Lunatic asylums Bombay report 1891-1903 - 1891-1903
Year: 1891
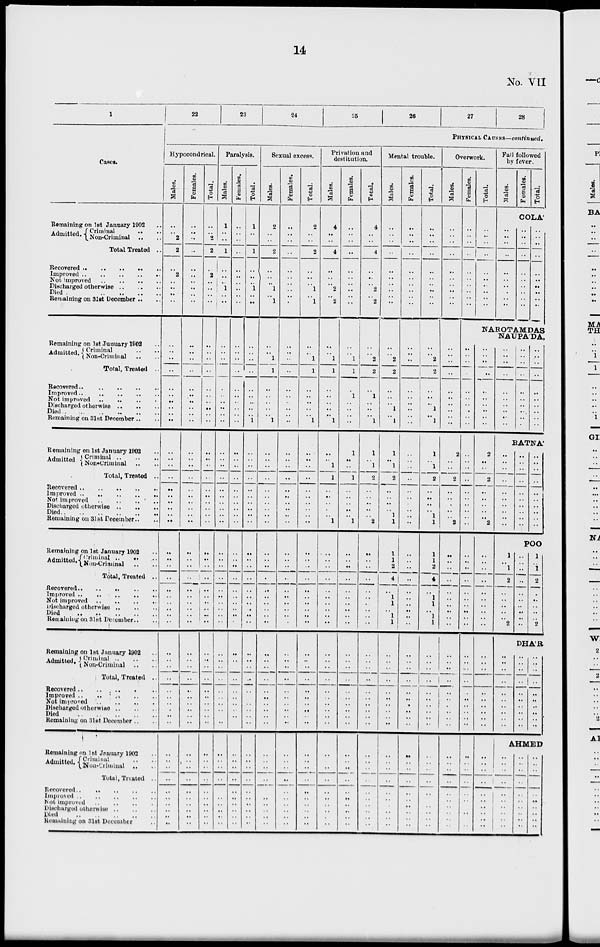
14
No. VII
1
Cases.
Remaining on 1st January 1902 ..
Admitted. Criminal
..
..
Non-Criminal .. ..
Total Treated ..
Recovered .. .. .. .. ..
Improved .. .. .. .. ..
Discharged otherwise
..
..
..
Died
..
..
..
..
Remaining on 31st December .. ..
Remaining on 1st .January 1902 ..
Admitted. Criminal .. ..
Non-Criminal .. ..
Total, Treated ..
Recovered .. .. .. .. ..
Improved
..
..
..
..
Not improved .. .. .. ..
Discharged otherwise
..
..
..
Died
..
..
..
..
..
Remaining on 31st December .. ..
Remaining on 1st January 1902
Admitted
Criminal
..
..
..
Non-Criminal .. ..
Total, Treated ..
Recovered .. .. .. .. ..
Improved
..
..
..
..
Not improved
..
..
..
..
Discharged otherwise
..
..
..
Died .. .. .. .. ..
Remaining on 31st December .. ..
Remaining on 1st January 1902 ..
Admitted. Criminal
..
..
..
Non-Criminal .. ..
Total, Treated ..
Recovered
..
..
..
..
..
Improved .. .. .. ..
Not improved .. .. .. ..
Discharged otherwise
..
..
..
Died
..
..
..
..
..
Remaining on 31st December ..
Remaining on 1st January 1902 ..
Admitted. Criminal
..
..
..
Non-Criminal .. ..
Total, Treated ..
Recovered .. .. .. .. ..
Improved .. .. .. .. ..
Not improved
..
..
..
..
Discharged otherwise
..
..
..
Died
..
..
..
..
..
Remaining on 31st December .. ..
Remaining on 1st January 1902 ..
Admitted. Criminal .. ..
Non-Criminal
..
Total, Treated ..
Recovered
..
..
..
..
..
Improved .. .. .. .. ..
Not improved .. .. .. ..
Discharged otherwise
..
..
..
Died
..
..
..
..
..
Remaining on 31st December ..
22
23
24
25
26
27
28
PHYSICAL CAUSES—continued.
Hypocondrical.
Males.
..
..
2
2
2
..
..
..
..
..
..
..
..
..
..
..
..
..
..
..
..
..
..
..
..
..
..
..
..
..
..
..
..
..
..
..
..
..
..
..
..
..
..
..
..
..
..
..
..
..
..
..
..
..
..
..
..
..
..
Females.
..
..
..
..
..
..
..
..
..
..
..
..
..
..
..
..
..
..
..
..
..
..
..
..
..
..
..
..
..
..
..
..
..
..
..
..
..
..
..
..
..
..
..
..
..
..
..
..
..
..
..
..
..
..
..
..
..
..
..
Total.
..
..
2
2
2
..
..
..
..
..
..
..
..
..
..
..
..
..
..
..
..
..
..
..
..
..
..
..
..
..
..
..
..
..
..
..
..
..
..
..
..
..
..
..
..
..
..
..
..
..
..
..
..
..
..
..
..
..
..
Paralysis.
Males.
1
..
..
1
..
..
1
..
..
..
..
..
..
..
..
..
..
..
..
..
..
..
..
..
..
..
..
..
..
..
..
..
..
..
..
..
..
..
..
..
..
..
..
..
..
..
..
..
..
..
..
..
..
..
..
..
..
..
..
Females.
..
..
..
..
..
..
..
..
..
..
..
..
..
..
..
..
..
..
..
..
..
..
..
..
..
..
..
..
..
..
..
..
..
..
..
..
..
..
..
..
..
..
..
..
..
..
..
..
..
..
..
..
..
..
..
..
..
..
..
Total.
1
..
..
1
..
..
1
..
..
..
..
..
..
..
..
..
..
..
1
..
..
..
..
..
..
..
..
..
..
..
..
..
..
..
..
..
..
..
..
..
..
..
..
..
..
..
..
..
..
..
..
..
..
..
..
..
..
..
..
Sexual excess.
Males.
2
..
..
2
..
..
1
..
1
..
..
1
1
..
..
..
..
..
1
..
..
..
..
..
..
..
..
..
..
..
..
..
..
..
..
..
..
..
..
..
..
..
..
..
..
..
..
..
..
..
..
..
..
..
..
..
..
..
..
Females.
..
..
..
..
..
..
..
..
..
..
..
..
..
..
..
..
..
..
..
..
..
..
..
..
..
..
..
..
..
..
..
..
..
..
..
..
..
..
..
..
..
..
..
..
..
..
..
..
..
..
..
..
..
..
..
..
..
..
..
Total.
2
..
..
2
..
..
1
..
1
..
..
1
1
..
..
..
..
..
1
..
..
..
..
..
..
..
..
..
..
..
..
..
..
..
..
..
..
..
..
..
..
..
..
..
..
..
..
..
..
..
..
..
..
..
..
..
..
..
..
Privation and
destitution.
Males.
4
..
..
4
..
..
2
..
2
..
..
1
1
..
..
..
..
..
1
.. ..
1
1
..
..
..
..
..
1
..
..
..
..
..
..
..
..
..
..
..
..
..
..
..
..
..
..
..
..
..
..
..
..
..
..
..
..
..
..
Females.
..
..
..
..
..
..
..
..
..
..
..
1
1
..
1
..
..
..
..
1
..
..
1
..
..
..
..
..
1
..
..
..
..
..
..
..
..
..
..
..
..
..
..
..
..
..
..
..
..
..
..
..
..
..
..
..
..
..
..
Total.
4
..
..
4
..
..
2
..
2
..
..
2
2
..
1
..
..
..
1
1
..
1
2
..
..
..
..
..
2
..
..
..
..
..
..
..
..
..
..
..
..
..
..
..
..
..
..
..
..
..
..
..
..
..
..
..
..
..
..
Mental trouble.
Males.
..
..
..
..
..
..
..
..
..
..
..
2
2
..
.. ..
1
..
1
1
..
1
2
..
..
..
..
1
1
1
1
2
4
..
1
1
..
1
1
..
..
..
..
..
..
..
..
..
..
..
..
..
..
..
..
..
..
..
..
Females.
..
..
..
..
..
..
..
..
..
..
..
..
..
..
.. ..
..
..
..
..
..
..
..
..
..
..
..
..
..
..
..
..
..
..
..
..
..
..
..
..
..
..
..
..
..
..
..
..
..
..
..
..
..
..
..
..
..
..
..
Total.
..
..
..
..
..
..
..
..
..
..
..
2
2
..
..
..
1
..
1
1
..
1
2
..
..
..
..
1
1
1
1
2
4
..
1
1
..
1
1
..
..
..
..
..
..
..
..
..
..
..
..
..
..
..
..
..
..
..
..
Overwork.
Males.
..
..
..
..
..
..
..
..
..
..
..
..
..
..
..
..
..
..
..
2
..
..
2
..
..
..
..
..
2
..
..
..
..
..
..
..
..
..
..
..
..
..
..
..
..
..
..
..
..
..
..
..
..
..
..
..
..
..
..
Females.
..
..
..
..
..
..
..
..
..
Total.
..
..
..
..
..
..
..
..
..
Fall followed
by fever.
Males.
Females.
Total.
COLA
..
..
..
..
..
..
..
..
..
..
..
..
..
..
..
..
..
..
..
..
..
..
..
..
..
..
NAROTAMDAS
NAUPADA,
..
..
..
..
..
..
..
..
..
..
..
..
..
..
..
..
..
..
..
..
..
..
..
..
..
..
..
..
..
..
..
..
..
..
..
..
..
..
..
..
..
..
..
..
..
..
..
..
..
..
..
..
..
..
..
..
..
..
..
..
2
..
..
2
..
..
..
..
..
2
..
..
..
..
..
..
..
..
..
..
..
..
..
..
..
..
..
..
..
..
..
..
..
..
..
..
..
..
..
..
..
..
..
..
..
..
..
..
..
..
..
..
..
..
..
..
..
..
..
..
..
..
..
..
..
..
..
..
..
..
RATNA
..
..
..
..
..
..
..
..
..
..
..
..
..
..
..
..
..
..
..
..
..
..
..
..
..
..
..
..
..
..
POO
1
..
1
2
..
..
..
..
..
2
..
..
..
..
..
..
..
..
..
..
1
..
1
2
..
..
..
..
..
2
DHAR
..
..
..
..
..
..
..
..
..
..
..
..
..
..
..
..
..
..
..
..
..
..
..
..
..
..
..
..
..
..
AHMED
..
..
..
..
..
..
..
..
..
..
..
..
..
..
..
..
..
..
..
..
..
..
..
..
..
..
..
..
..
..